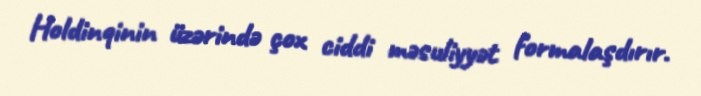
Holdinqinin üzərində çox ciddi məsuliyyət formalaşdırır.